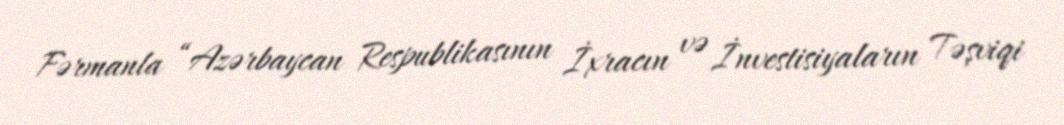
Fərmanla “Azərbaycan Respublikasının İxracın və İnvestisiyaların Təşviqi